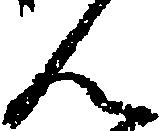
ん